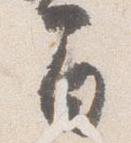
間